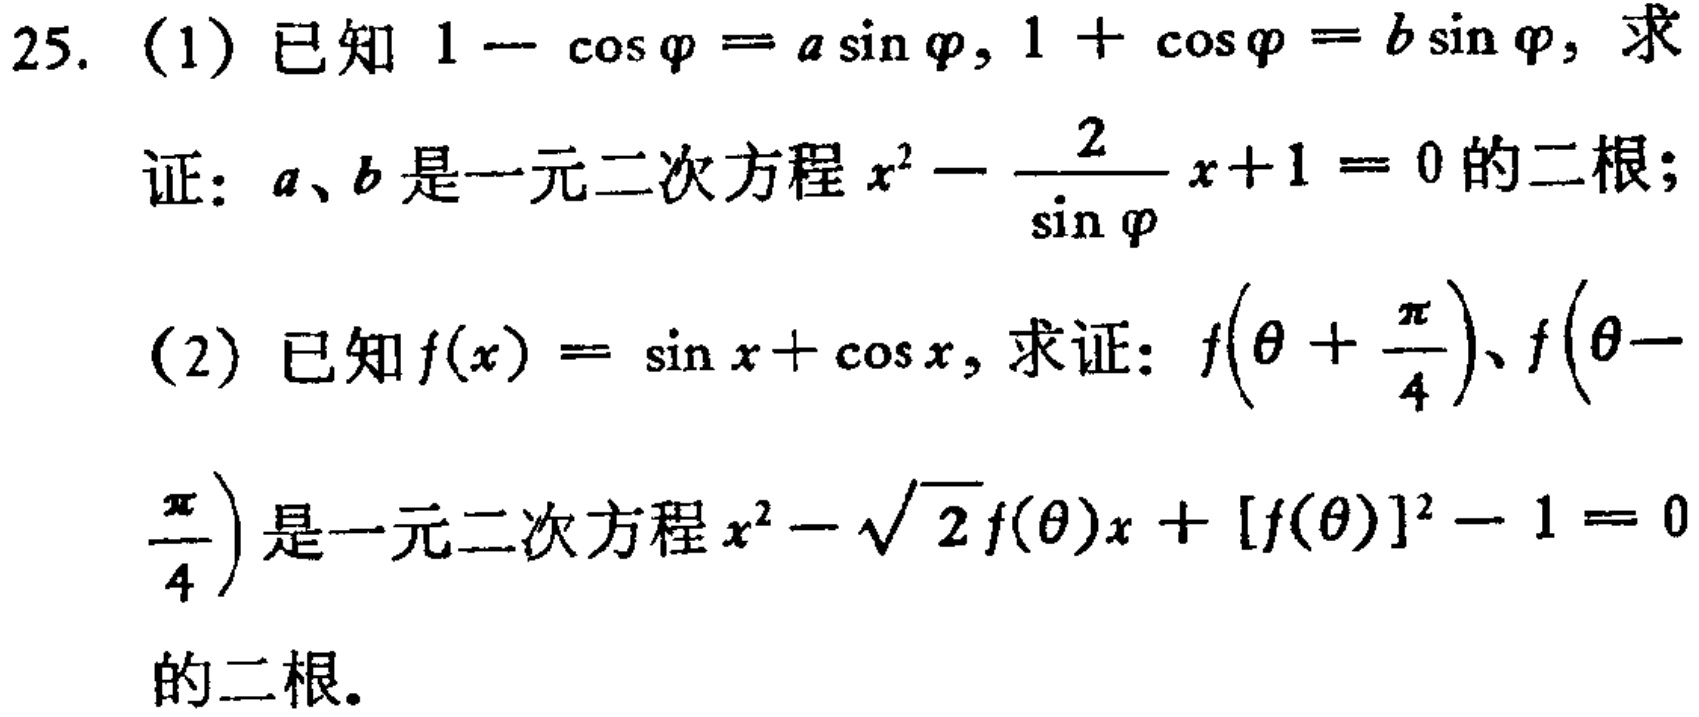
25. (1) 已知 \(1 - \cos\varphi = a\sin\varphi\), \(1 + \cos\varphi = b\sin\varphi\), 求

证：\(a\)、\(b\) 是一元二次方程 \(x^{2}-\frac{2}{\sin\varphi}x + 1 = 0\) 的二根；

(2) 已知 \(f(x)=\sin x+\cos x\), 求证：\(f(\theta+\frac{\pi}{4})\)、\(f(\theta - \frac{\pi}{4})\) 是一元二次方程 \(x^{2}-\sqrt{2}f(\theta)x+[f(\theta)]^{2}-1 = 0\) 的二根。